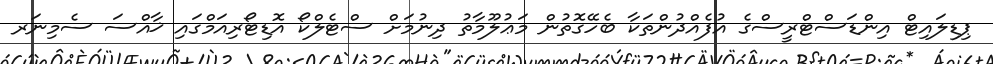
ޕިޑިލައިޓް އިންޑަސްޓްރީސްގެ އުފެއްދުންތަކާ ބެހޭގޮތުން މަޢުލޫމާތު ދިނުމަށް ސްޓެލްކޯ އޮޑިޓޯރިއަމްގައި ޚާއްސަ ސެމިނަރ